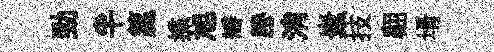
勁半籯揲旭瓣謄消嶪技翩壻